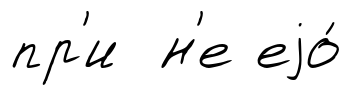
пр'и н'е еjо́